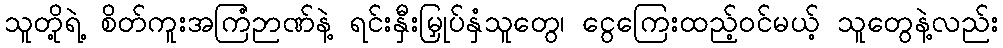
သူတို့ရဲ့ စိတ်ကူးအကြံဉာဏ်နဲ့ ရင်းနှီးမြှုပ်နှံသူတွေ၊ ငွေကြေးထည့်ဝင်မယ့် သူတွေနဲ့လည်း